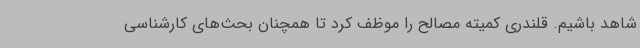
شاهد باشیم. قلندری کمیته مصالح را موظف کرد تا همچنان بحث‌های کارشناسی